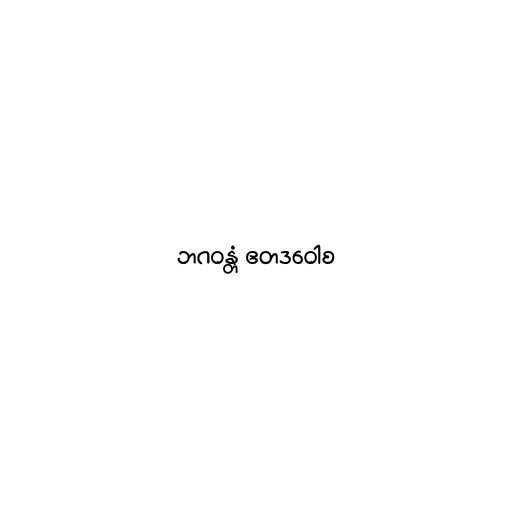
ဘဂဝန္တံ ဧတဒဝေါစ